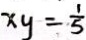
x y = \frac { 1 } { 5 }